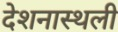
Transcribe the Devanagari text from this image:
देशनास्थली